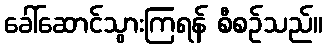
ခေါ်ဆောင်သွားကြရန် စီစဉ်သည်။